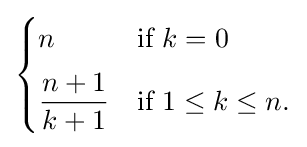
{\begin{cases}n&{\mbox{if }}k=0\\[5pt]\displaystyle {\frac {n+1}{k+1}}&{\mbox{if }}1\leq k\leq n.\end{cases}}